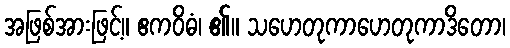
အဖြစ်အားဖြင့်။ ဧကဝိဓံ၊ ၏။ သဟေတုကာဟေတုကာဒိတော၊